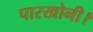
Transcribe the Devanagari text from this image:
पारखोनी।